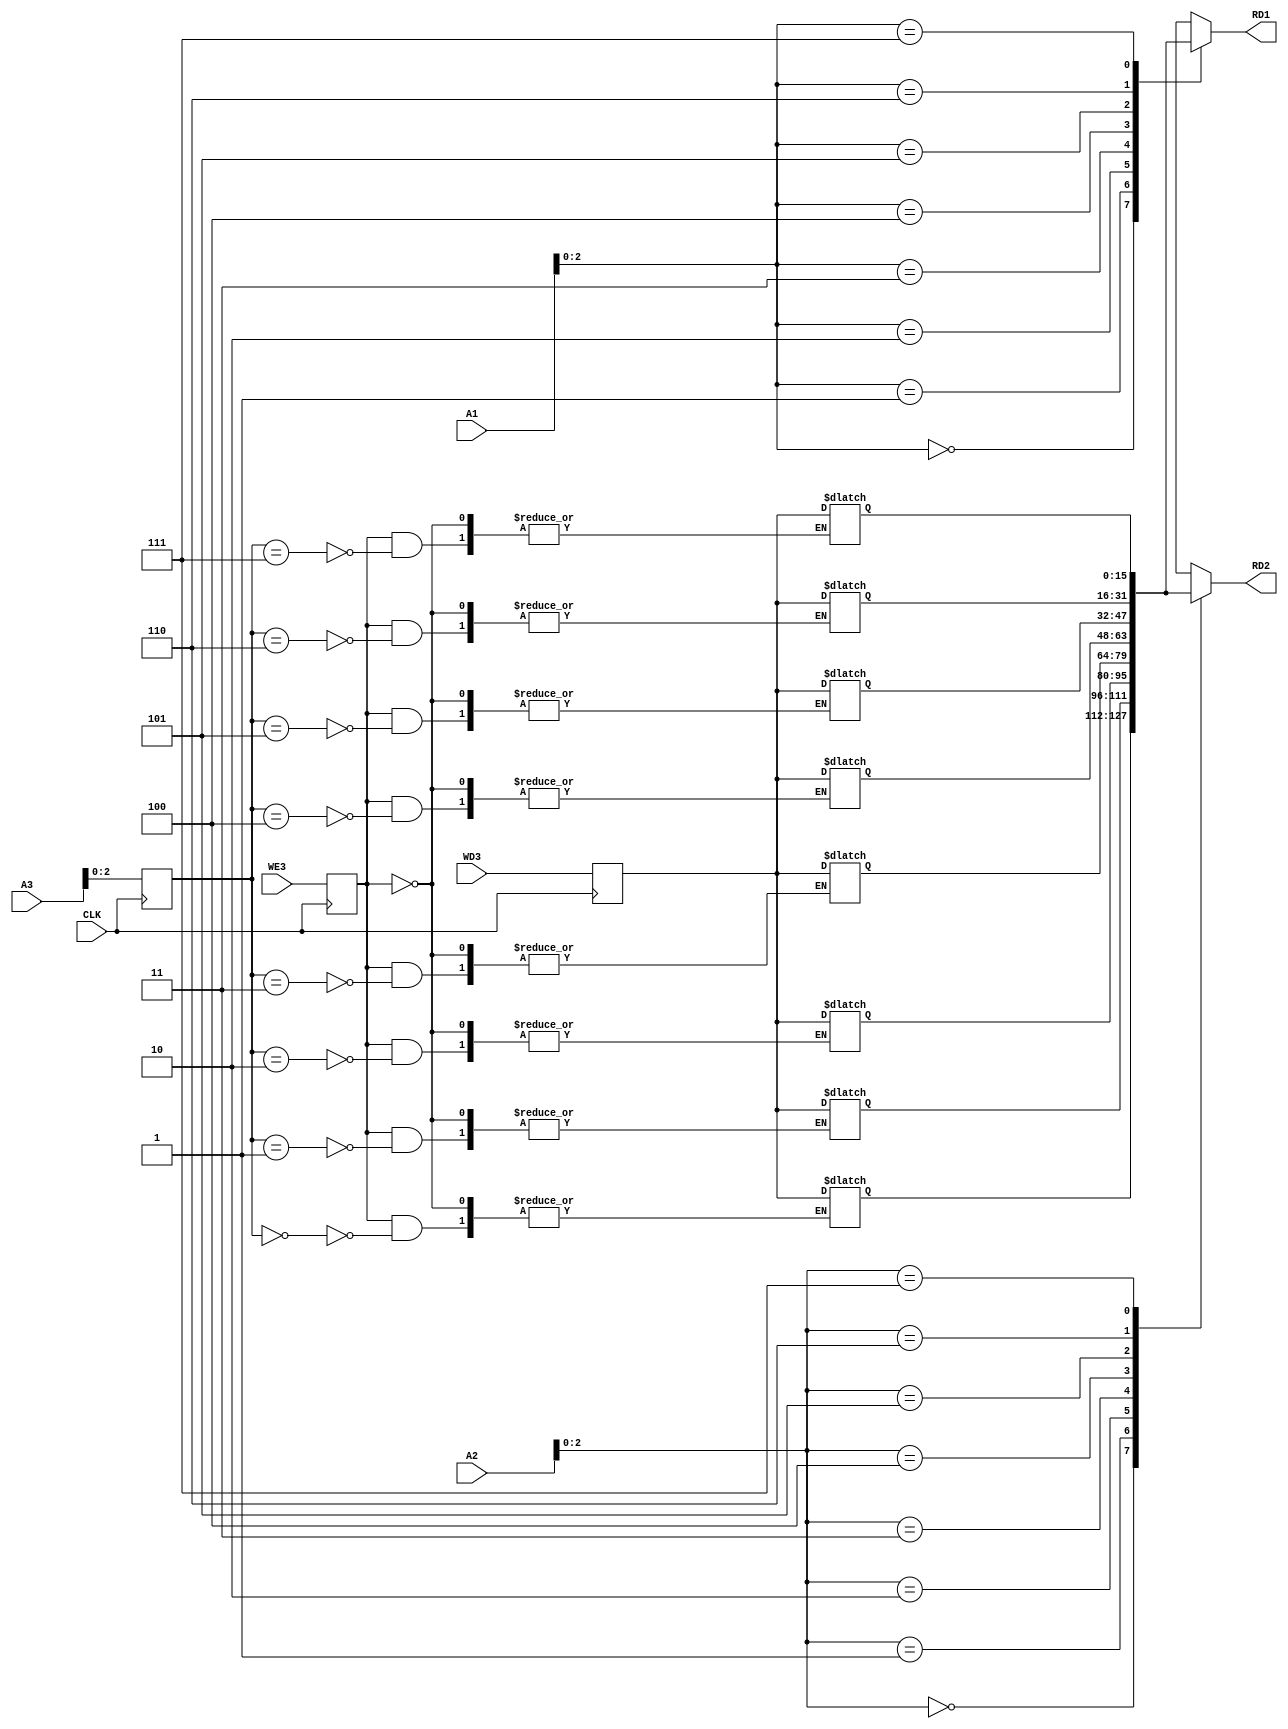
module RegisterFile(
	input CLK,
	input [3:0] A1,
	input [3:0] A2,
	input [3:0] A3,     //writting address
	input [15:0] WD3,   //writting data
	input WE3,          // R/W
	output [15:0] RD1,
	output [15:0] RD2
    );
	reg [15:0] RFmem [7:0];
	reg reallWE3; reg [3:0] reallA3; reg [15:0] reallWD3;
	initial begin       //ʼ16ͨüĴΪ0 // Initialize 16 general purpose registers to 0
		reallWE3 = 1'b0;
		RFmem[0] = 16'h0000000000000000;
		RFmem[1] = 16'h0000000000000000;
		RFmem[2] = 16'h0000000000000000;
		RFmem[3] = 16'h0000000000000000;
		RFmem[4] = 16'h0000000000000000;
		RFmem[5] = 16'h0000000000000000;
		RFmem[6] = 16'h0000000000000000;
		RFmem[7] = 16'h0000000000000000;
		RFmem[8] = 16'h0000000000000000;
		RFmem[9] = 16'h0000000000000000;
		RFmem[10] = 16'h0000000000000000;
		RFmem[11] = 16'h0000000000000000;
		RFmem[12] = 16'h0000000000000000;
		RFmem[13] = 16'h0000000000000000;
		RFmem[14] = 16'h0000000000000000;
		RFmem[15] = 16'h0000000000000000;
	end
	//һĴͬʱдһ洦
	// Avoid simultaneous reading and writing to a register, Level 1 cache handling
	always@(posedge CLK)
	begin
		reallWE3 <= WE3;
		reallA3 <= A3;
		reallWD3 <= WD3;
	end
	
	//дʱֱд뵽ָλ
	// Write directly to the specified location if there is write content
	always@(*)
	begin
		if(reallWE3)
			RFmem[reallA3] <= reallWD3;
	end
	//ݵֱַӴӼĴȡֵ
	//Fetch the value directly from the register according to the address
	
	assign RD1 = RFmem[A1];
	assign RD2 = RFmem[A2];

endmodule